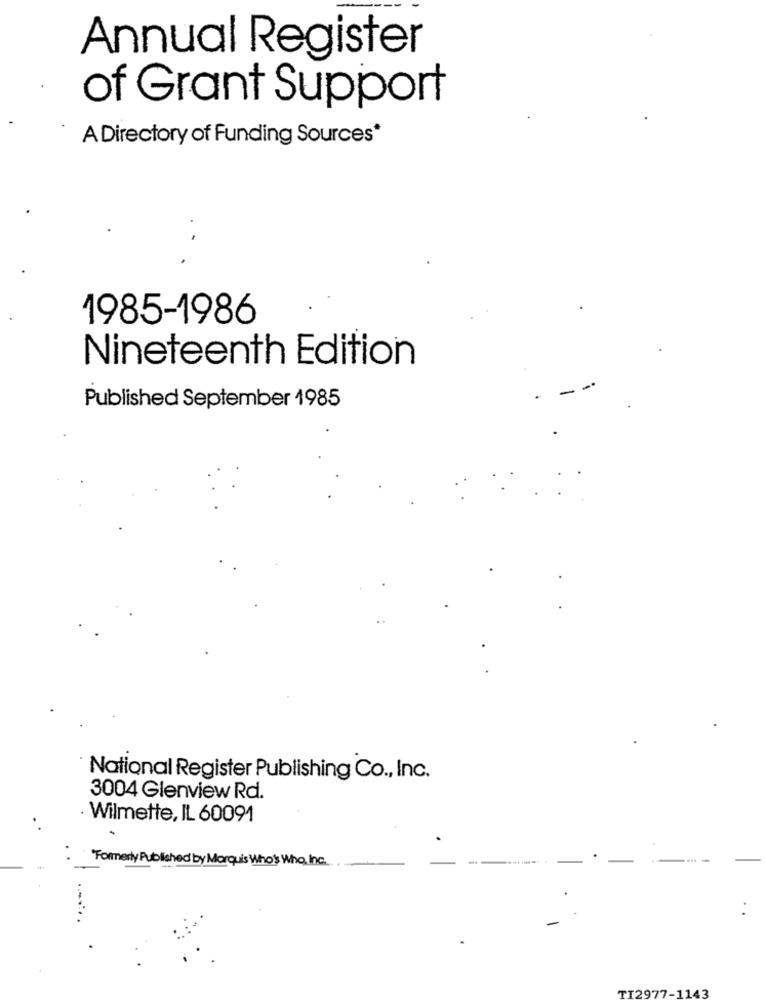
Annual Register
of Grant Support
A Directory of Funding Sources*
1985-1986
Nineteenth Edition
-
Published September 1985
National Register Publishing Co ., Inc.
3004 Glenview Rd.
· Wilmette, IL 60091
"Formerly Published by Marquis Who's Who, Inc.
.
TI2977-1143